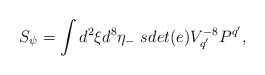
\begin{align*}S_\psi=\int d^2\xi d^8\eta_-~ sdet({e})V^{-8}_{q'}P^{q'},\end{align*}